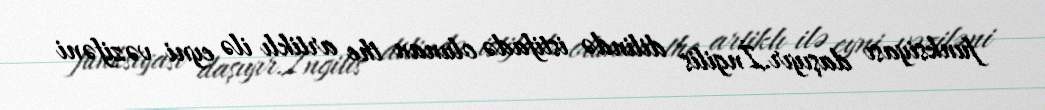
funksiyası daşıyır.İngilis dilində istifadə olunan the artiklı ilə eyni vəzifəni